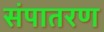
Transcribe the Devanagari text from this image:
संपातरण